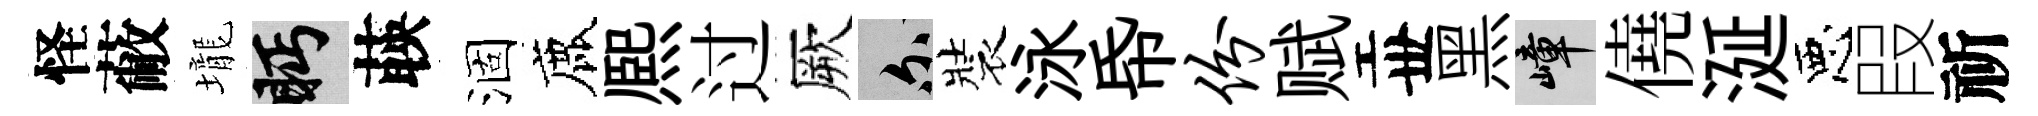
怪蔽壠眄𦴤涸鹿熈过厥爾裝泳帋份赋丗黑嶂僥涎惡叚祈